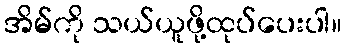
အိမ်ကို သယ်ယူဖို့ထုပ်ပေးပါ။